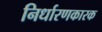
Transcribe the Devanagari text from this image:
निर्धारणकारक